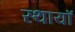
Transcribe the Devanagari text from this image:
स्थायॉ